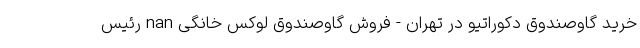
خرید گاوصندوق دکوراتیو در تهران - فروش گاوصندوق لوکس خانگی nan رئیس